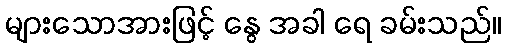
များသောအားဖြင့် နွေ အခါ ရေ ခမ်းသည်။